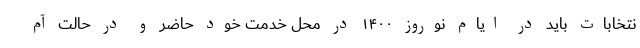
نتخابات باید در ایام نوروز ۱۴۰۰ در محل خدمت خود حاضر و در حالت آم